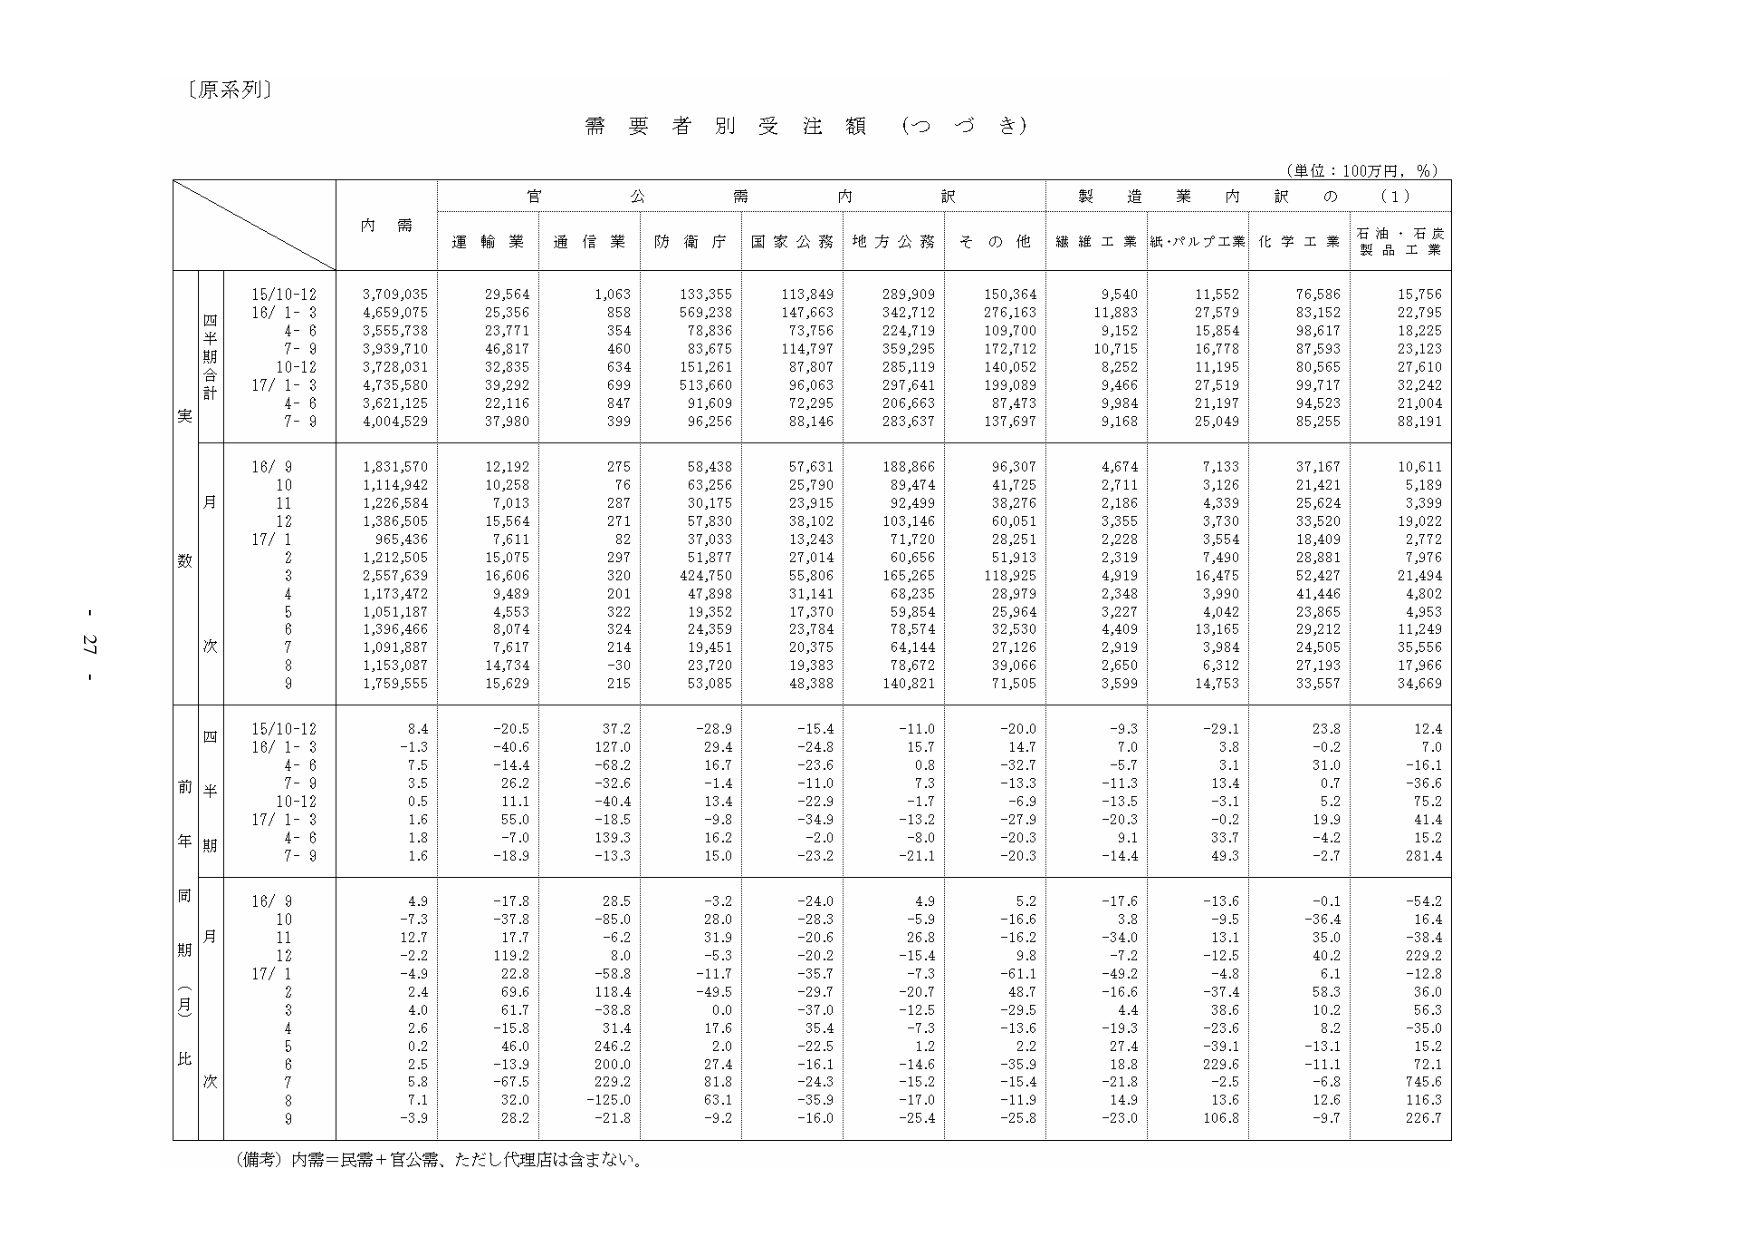
〔原系列〕

需要者別受注額（つづき）

（単位：100万円，％）